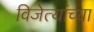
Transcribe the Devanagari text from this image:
विजेत्यांच्या